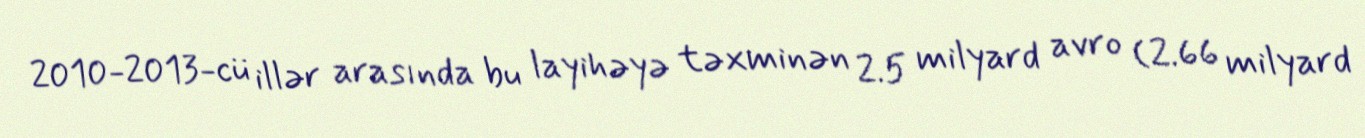
2010-2013-cü illər arasında bu layihəyə təxminən 2.5 milyard avro (2.66 milyard